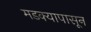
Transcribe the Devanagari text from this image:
मडक्यापासून